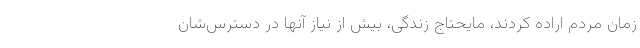
زمان مردم اراده کردند، مایحتاج زندگی، بیش از نیاز آنها در دسترس‌شان